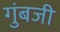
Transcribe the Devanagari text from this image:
गुंबजी